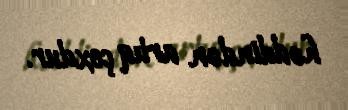
həddindən artıq çoxdur.